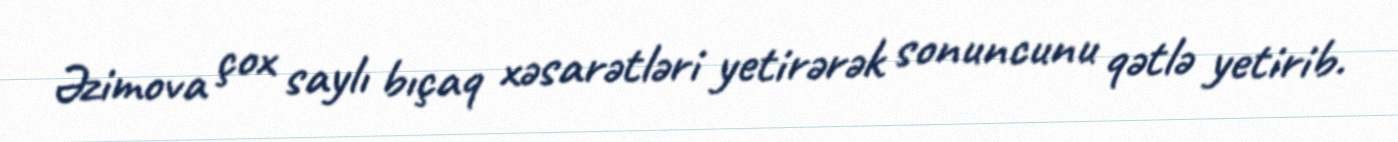
Əzimova çox saylı bıçaq xəsarətləri yetirərək sonuncunu qətlə yetirib.